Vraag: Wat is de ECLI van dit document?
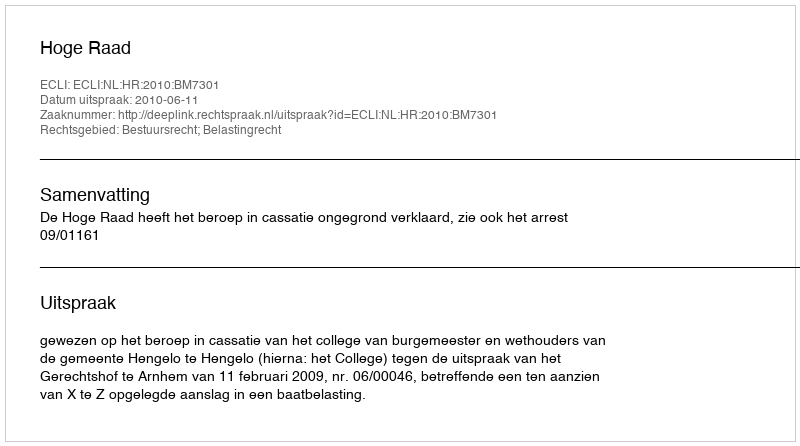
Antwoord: ECLI:NL:HR:2010:BM7301